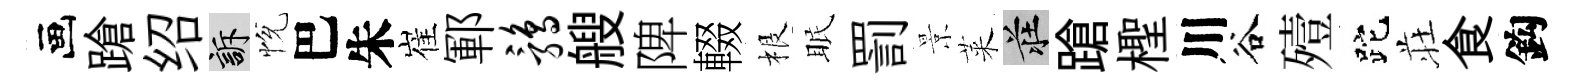
画蹌绍訴恱巴朱崔鄆鹑艘陴輟根眠罰景萊莊蹌檉川谷殪跎荘食鈎